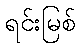
ရင်းမြစ်